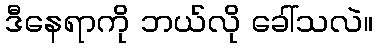
ဒီနေရာကို ဘယ်လို ခေါ်သလဲ။